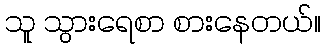
သူ သွားရေစာ စားနေတယ်။